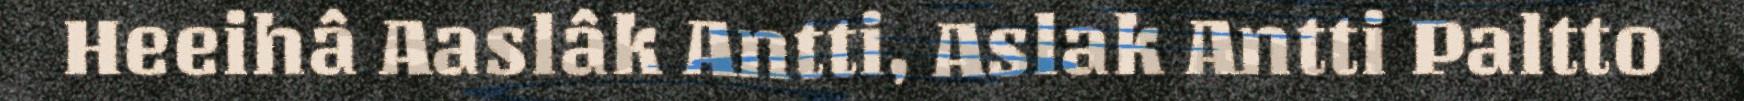
Heeihâ Aaslâk Antti, Aslak Antti Paltto